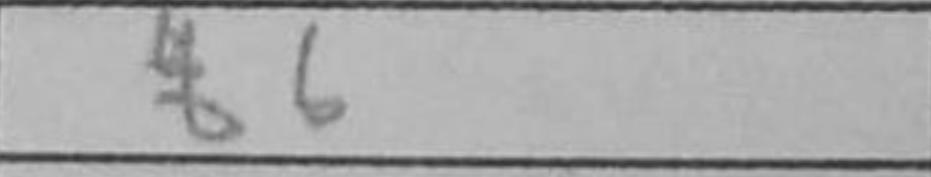
Transcription: b6